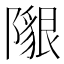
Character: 𨼯